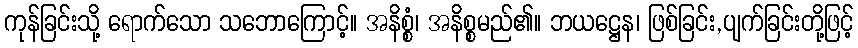
ကုန်ခြင်းသို့ ရောက်သော သဘောကြောင့်။ အနိစ္စံ၊ အနိစ္စမည်၏။ ဘယဋ္ဌေန၊ ဖြစ်ခြင်း,ပျက်ခြင်းတို့ဖြင့်